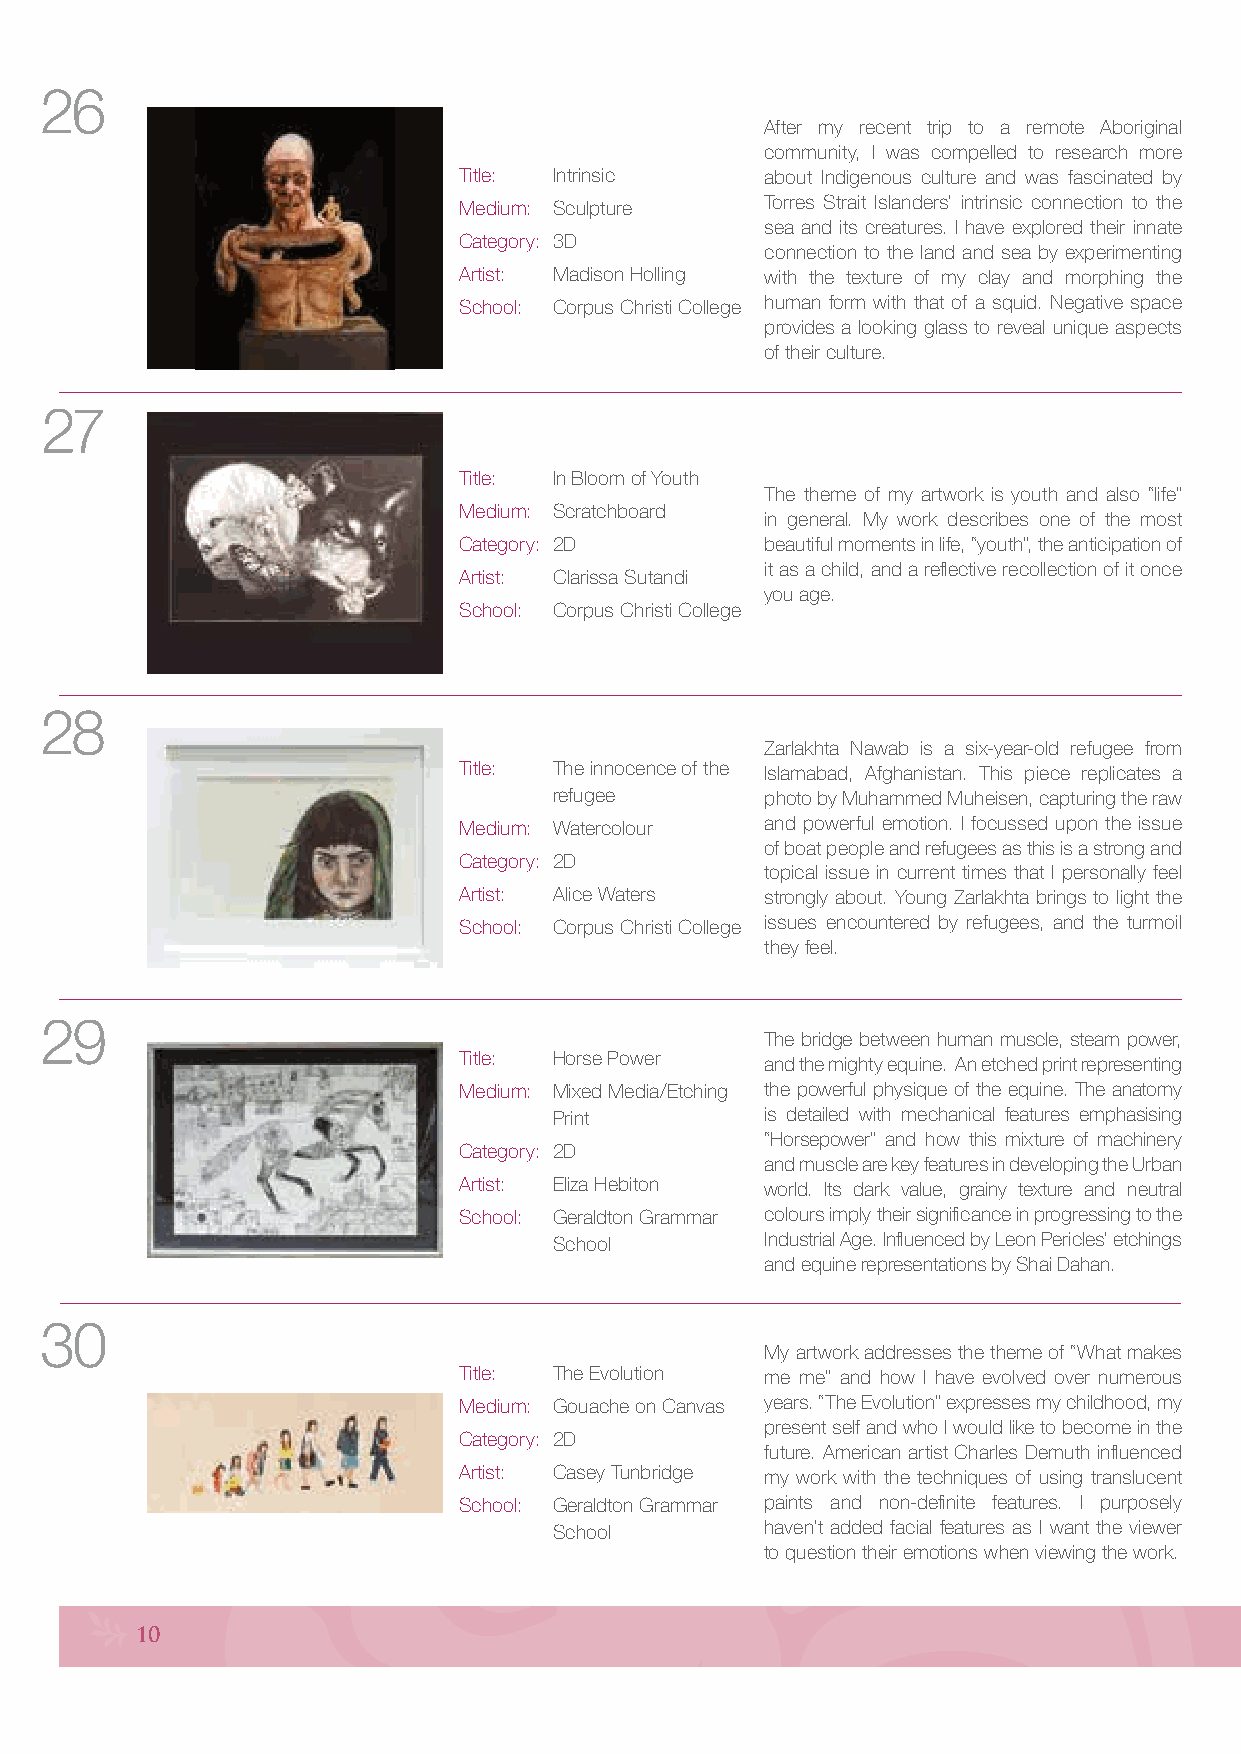
26
 After my recent trip to a remote Aboriginal
 community, I was compelled to research more
 Title: Intrinsic     about Indigenous culture and was fascinated by
 Medium: Sculpture    Torres Strait Islanders’ intrinsic connection to the
 sea and its creatures. I have explored their innate
 Category: 3D
 connection to the land and sea by experimenting
 Artist: Madison Holling with the texture of my clay and morphing the
 School: Corpus Christi College human form with that of a squid. Negative space
 provides a looking glass to reveal unique aspects
 of their culture.
 27
 Title: In Bloom of Youth
 The theme of my artwork is youth and also “life”
 Medium: Scratchboard
 in general. My work describes one of the most
 Category: 2D         beautiful moments in life, “youth”, the anticipation of
 it as a child, and a reflective recollection of it once
 Artist: Clarissa Sutandi
 you age.
 School: Corpus Christi College
 28
 Zarlakhta Nawab is a six-year-old refugee from
 Title: The innocence of the Islamabad, Afghanistan. This piece replicates a
 refugee       photo by Muhammed Muheisen, capturing the raw
 Medium: Watercolour  and powerful emotion. I focussed upon the issue
 of boat people and refugees as this is a strong and
 Category: 2D
 topical issue in current times that I personally feel
 Artist: Alice Waters strongly about. Young Zarlakhta brings to light the
 School: Corpus Christi College issues encountered by refugees, and the turmoil
 they feel.
 29
 The bridge between human muscle, steam power,
 Title: Horse Power
 and the mighty equine. An etched print representing
 Medium: Mixed Media/Etching the powerful physique of the equine. The anatomy
 Print         is detailed with mechanical features emphasising
 “Horsepower” and how this mixture of machinery
 Category: 2D
 and muscle are key features in developing the Urban
 Artist: Eliza Hebiton world. Its dark value, grainy texture and neutral
 School: Geraldton Grammar colours imply their significance in progressing to the
 School        Industrial Age. Influenced by Leon Pericles’ etchings
 and equine representations by Shai Dahan.
 30
 My artwork addresses the theme of “What makes
 Title: The Evolution me me” and how I have evolved over numerous
 Medium: Gouache on Canvas years. “The Evolution” expresses my childhood, my
 present self and who I would like to become in the
 Category: 2D
 future. American artist Charles Demuth influenced
 Artist: Casey Tunbridge my work with the techniques of using translucent
 School: Geraldton Grammar paints and non-definite features. I purposely
 School        haven’t added facial features as I want the viewer
 to question their emotions when viewing the work.
 10